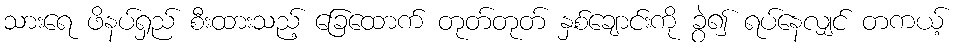
သားရေ ဖိနပ်ရှည် စီးထားသည့် ခြေထောက် တုတ်တုတ် နှစ်ချောင်းကို ခွဲ၍ ရပ်နေလျှင် တကယ့်